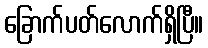
ခြောက်ပတ်လောက်ရှိပြီ။